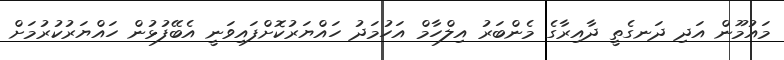
މައުމޫން އަދި ދަނގެތީ ދާއިރާގެ މެންބަރު އިލްހާމް އަހުމަދު ހައްޔަރުކޮށްފައިވަނީ އެބޭފުޅުން ހައްޔަރުކުރުމަށް